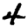
Digit: 4